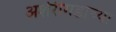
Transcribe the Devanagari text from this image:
अशेरीगडाच्या